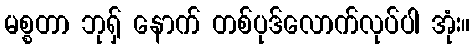
မစ္စတာ ဘုရှ် နောက် တစ်ပုဒ်လောက်လုပ်ပါ အုံး။